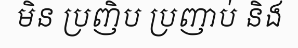
មិន ប្រញិប ប្រញាប់ និង